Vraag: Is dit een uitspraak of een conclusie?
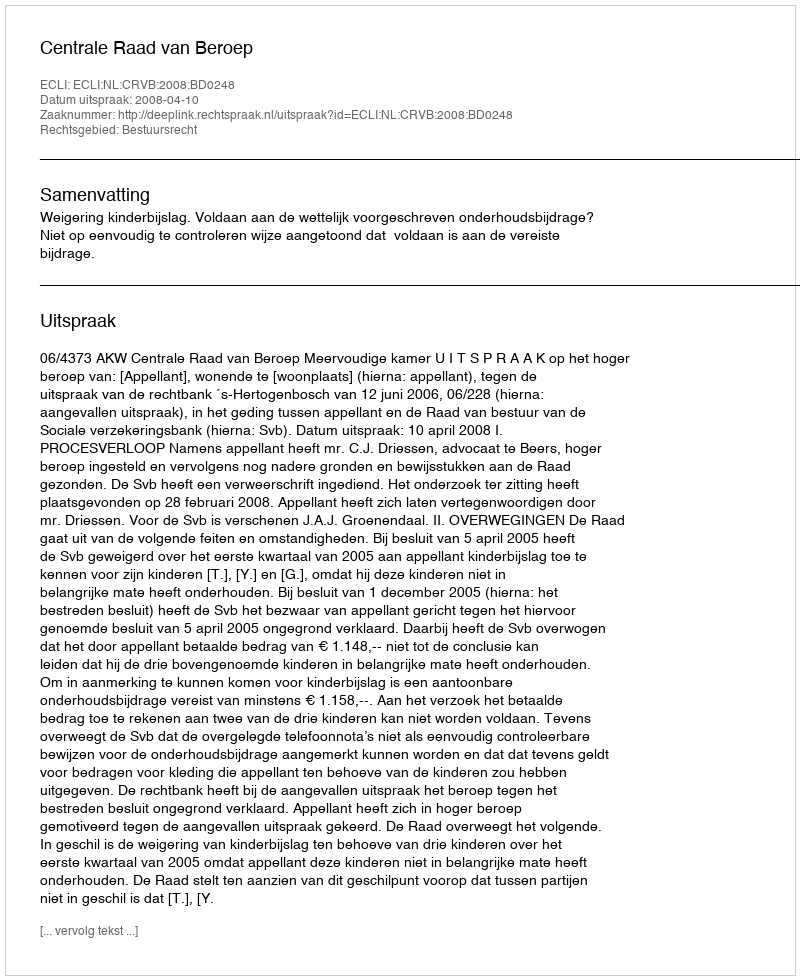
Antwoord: Uitspraak